Epidemic dropsy in Calcutta - Number 49
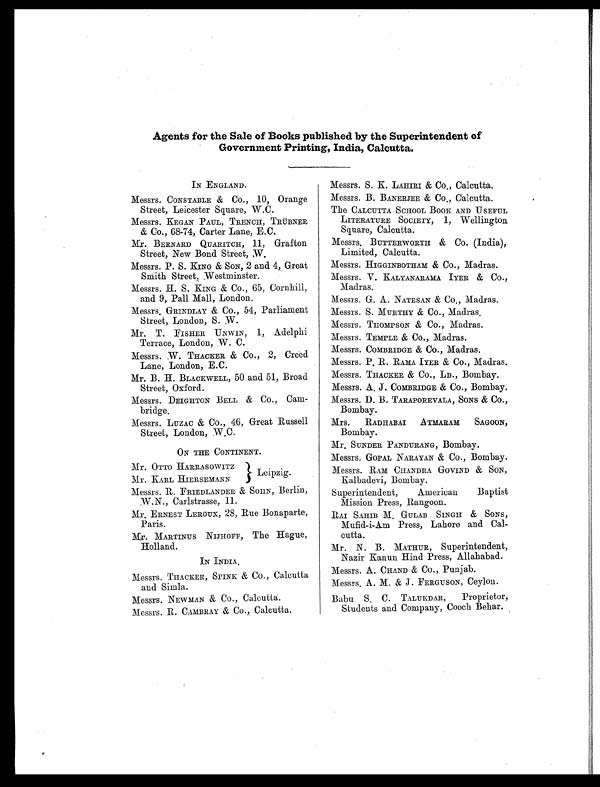
Agents for the Sale of Books published by the Superintendent of
Government Printing, India, Calcutta.
IN ENGLAND.
Messrs. CONSTABLE & Co., 10, Orange
Street, Leicester Square, W.C.
Messrs. KEGAN PAUL, TRENCH, TRÜBNER
& Co., 68-74, Carter Lane, E.C.
Mr. BERNARD QUARITCH, 11, Grafton
Street, New Bond Street, W.
Messrs. P. S. KING & SON, 2 and 4, Great
Smith Street, Westminster,
Messrs. H. S. KING & Co., 65, Cornhili,
and 9, Pall Mall, London.
Messrs. GRINDLAY & Co., 54, Parliament
Street, London, S. W.
Mr. T. FISHER UNWIN, 1, Adelphi
Terrace, London, W. C.
Messrs. W. THACKER & Co., 2, Creed
Lane, London, E.C.
Mr. B. H. BLACKWELL, 50 and 51, Broad
Street, Oxford.
Messrs. DEIGHTON BELL & Co., Cam-
bridge.
Messrs. LUZAC & Co., 46, Great Russell
Street, London, W.C.
ON THE CONTINENT.
Mr. OTTO HARRASOWITZ
Mr. KARL HIERSEMANN
Leipzig.
Messrs. R. FRIEDLANDER, & SOHN, Berlin,
W.N., Carlstrasse, 11.
Mr. ERNEST LEROUX, 28, Rue Bonaparte,
Paris.
Mr. MARTINUS NIJHOFF, The Hague,
Holland.
IN INDIA.
Messrs. THACKER, SPINK & Co., Calcutta
and Simla.
Messrs. NEWMAN & Co., Calcutta.
Messrs. R. CAMBRAY & Co., Calcutta.
Messrs. S. K. LAHIRI & Co., Calcutta.
Messrs. B. BANERJEE & Co., Calcutta.
The CALCUTTA SCHOOL BOOK AND USEFUL
LITERATURE SOCIETY, 1, Wellington
Square, Calcutta.
Messrs. BUTTERWORTH & Co. (India),
Limited, Calcutta.
Messrs. HIGGINBOTHAM & Co., Madras.
Messrs. V. KALYANARAMA IYER & CO.,
Madras.
Messrs. G. A. NATESAN & Co., Madras.
Messrs. S. MURTHY & Co., Madras.
Messrs. THOMPSON & Co., Madras.
Messrs. TEMPLE & Co., Madras.
Messrs. COMBRIDGE & Co., Madras.
Messrs. P. R. RAMA IYER & Co., Madras.
Messrs. TRACKER & CO., LD., Bombay.
Messrs. A. J. COMBRIDGE & CO., Bombay.
Messrs. D. B. TARAPOREVALA, SONS & CO.,
Bombay.
Mrs. RADHABAI ATMARAM SAGOON,
Bombay.
Mr. SUNDER PANDURANG, Bombay.
Messrs. GOPAL NARAYAN & Co., Bombay.
Messrs. RAM CIIANDRA GOVIND & SON,
Kalbadevi, Bombay.
Superintendent, American Baptist
Mission Press, Rangoon.
RAI SAHIB M. GULAB SINGH & SONS,
Mufid-i-Am Press, Lahore and Cal-
cutta.
Mr. N. B. MATHUR, Superintendent,
Nazir Kanun Hind Press, Allahabad.
Messrs. A. CHAND & Co., Punjab.
Messrs. A. M. & J. FERGUSON, Ceylon.
Babu S. C. TAL UKDAR, Proprietor,
Students and Company, Cooch Behar.